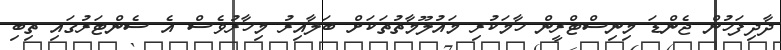
ދާދިފަހުން ޖެންޑަ މިނިސްޓްރީން ހާމަކުރި މައުލޫމާތުތަކަށް ބަލާއިރު މިހާރުވެސް އެ ސެންޓަރުގައި ތިބި